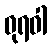
ဓုရဝါ